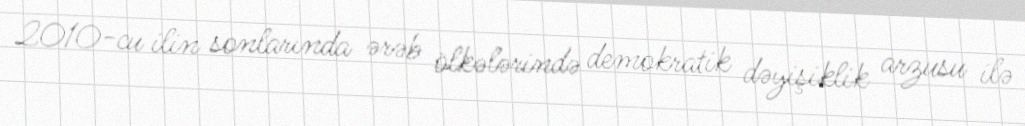
2010-cu ilin sonlarında ərəb ölkələrində demokratik dəyişiklik arzusu ilə